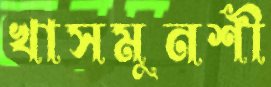
খাসমুনশী